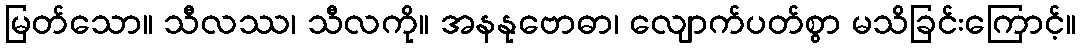
မြတ်သော။ သီလဿ၊ သီလကို။ အနနုဗောဓာ၊ လျောက်ပတ်စွာ မသိခြင်းကြောင့်။